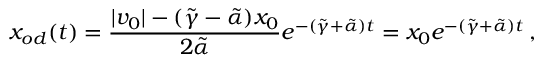
x _ { o d } ( t ) = \frac { | v _ { 0 } | - ( \tilde { \gamma } - \tilde { \alpha } ) x _ { 0 } } { 2 \tilde { \alpha } } e ^ { - ( \tilde { \gamma } + \tilde { \alpha } ) t } = x _ { 0 } e ^ { - ( \tilde { \gamma } + \tilde { \alpha } ) t } \, ,